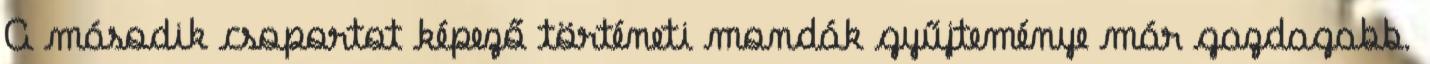
A második csoportot képező történeti mondák gyűjteménye már gazdagabb.